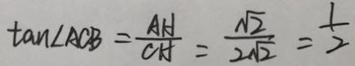
\tan \angle A C B = \frac { A H } { C H } = \frac { \sqrt { 2 } } { 2 \sqrt { 2 } } = \frac { 1 } { 2 }